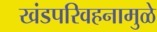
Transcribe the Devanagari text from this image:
खंडपरिवहनामुळे